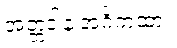
အတ္တဒါန အင်္ဂကထာ။